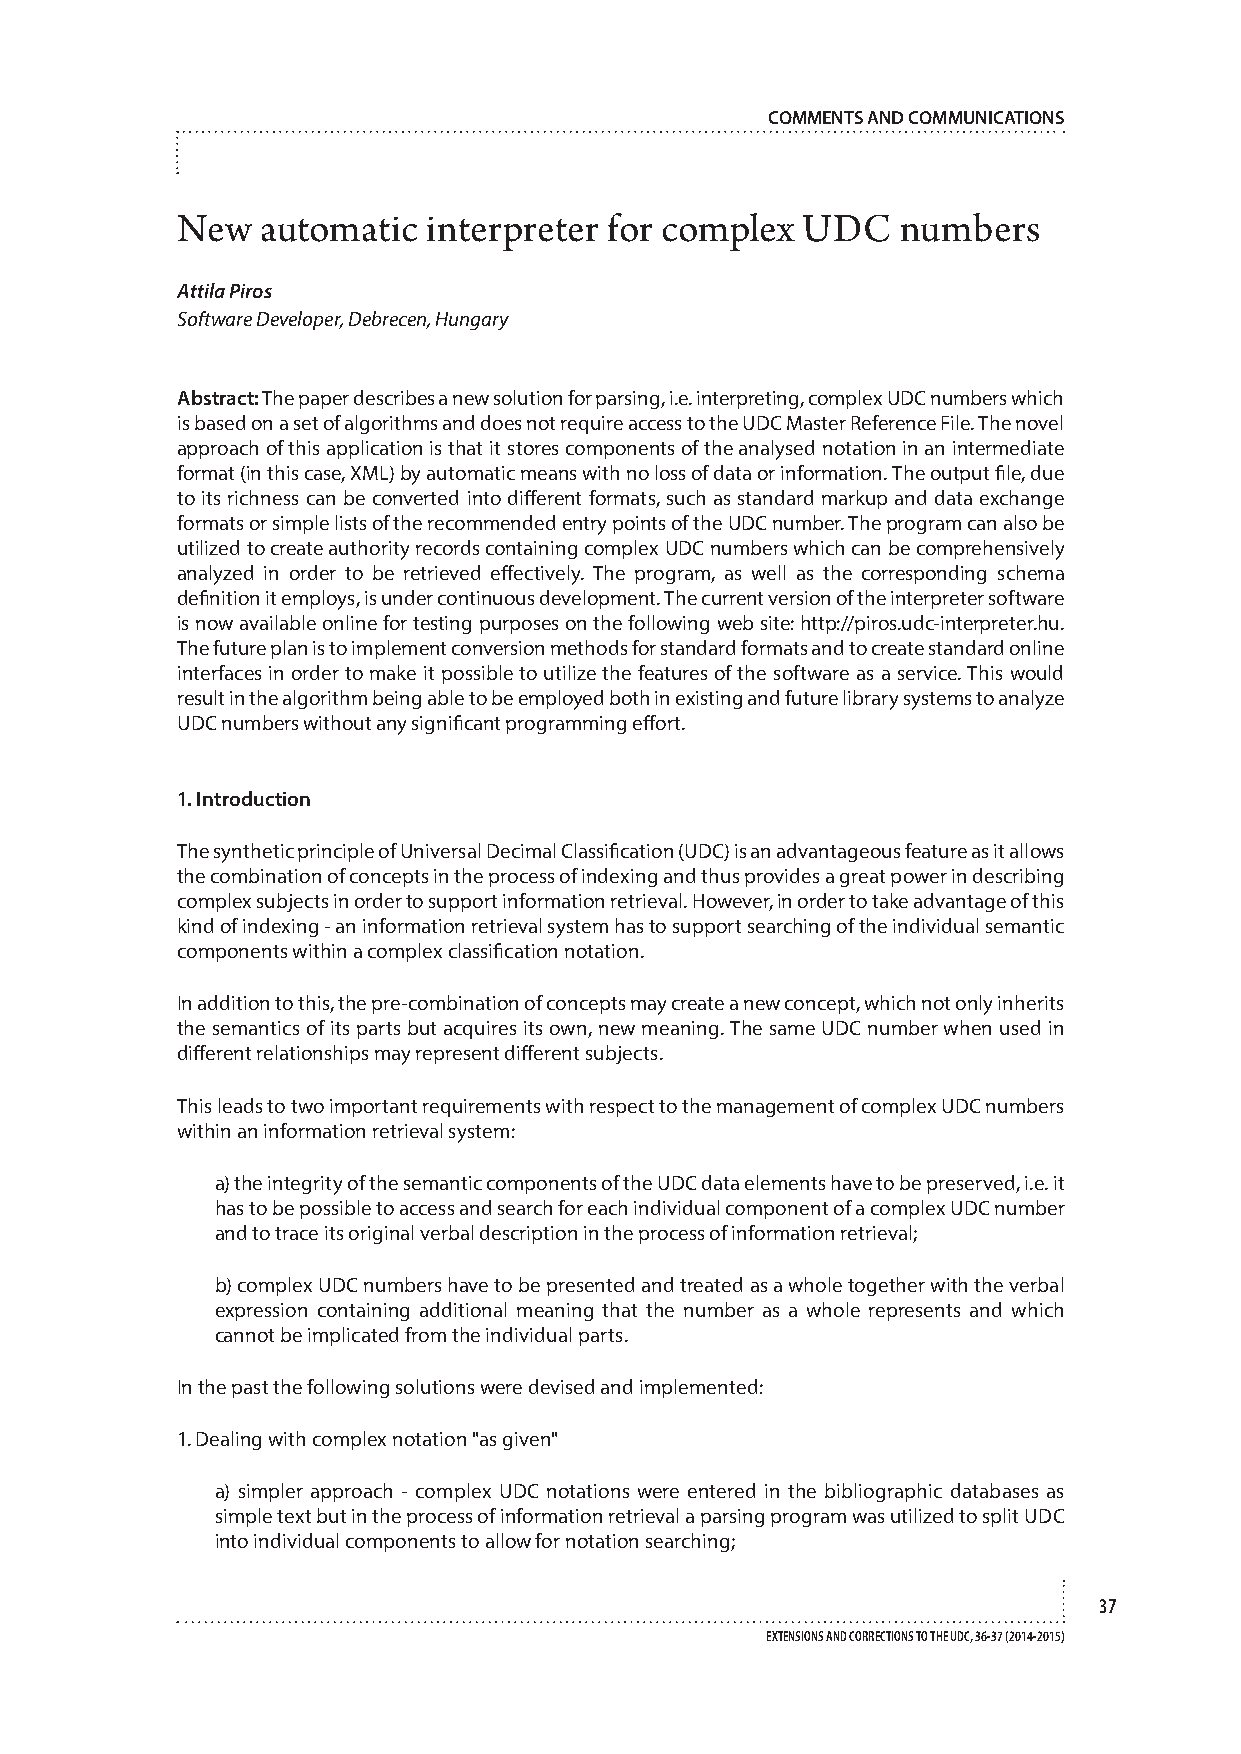
COMMENTS AND COMMUNICATIONS
 New  automatic  interpreter for complex  UDC    numbers
 Attila Piros
 Software Developer, Debrecen, Hungary
 Abstract: The paper describes a new solution for parsing, i.e. interpreting, complex UDC numbers which
 is based on a set of algorithms and does not require access to the UDC Master Reference File. The novel
 approach of this application is that it stores components of the analysed notation in an intermediate
 format (in this case, XML) by automatic means with no loss of data or information. The output file, due
 to its richness can be converted into different formats, such as standard markup and data exchange
 formats or simple lists of the recommended entry points of the UDC number. The program can also be
 utilized to create authority records containing complex UDC numbers which can be comprehensively
 analyzed in order to be retrieved effectively. The program, as well as the corresponding schema
 definition it employs, is under continuous development. The current version of the interpreter software
 is now available online for testing purposes on the following web site: http://piros.udc-interpreter.hu.
 The future plan is to implement conversion methods for standard formats and to create standard online
 interfaces in order to make it possible to utilize the features of the software as a service. This would
 result in the algorithm being able to be employed both in existing and future library systems to analyze
 UDC numbers without any significant programming effort.
 1. Introduction
 The synthetic principle of Universal Decimal Classification (UDC) is an advantageous feature as it allows
 the combination of concepts in the process of indexing and thus provides a great power in describing
 complex subjects in order to support information retrieval. However, in order to take advantage of this
 kind of indexing - an information retrieval system has to support searching of the individual semantic
 components within a complex classification notation.
 In addition to this, the pre-combination of concepts may create a new concept, which not only inherits
 the semantics of its parts but acquires its own, new meaning. The same UDC number when used in
 different relationships may represent different subjects.
 This leads to two important requirements with respect to the management of complex UDC numbers
 within an information retrieval system:
 a) the integrity of the semantic components of the UDC data elements have to be preserved, i.e. it
 has to be possible to access and search for each individual component of a complex UDC number
 and to trace its original verbal description in the process of information retrieval;
 b) complex UDC numbers have to be presented and treated as a whole together with the verbal
 expression containing additional meaning that the number as a whole represents and which
 cannot be implicated from the individual parts.
 In the past the following solutions were devised and implemented:
 1. Dealing with complex notation "as given"
 a) simpler approach - complex UDC notations were entered in the bibliographic databases as
 simple text but in the process of information retrieval a parsing program was utilized to split UDC
 into individual components to allow for notation searching;
 37
 EXTENSIONS AND CORRECTIONS TO THE UDC, 36-37 (2014-2015)